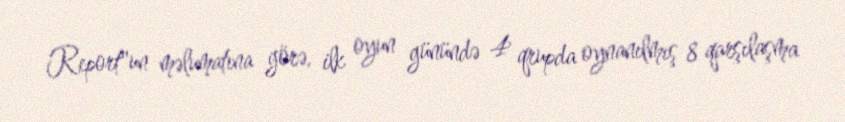
Report"un məlumatına görə, ilk oyun günündə 4 qrupda oynanılmış 8 qarşılaşma